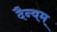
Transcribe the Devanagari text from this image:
दैन्यम